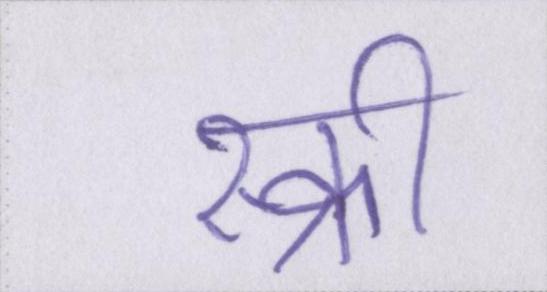
स्क्री